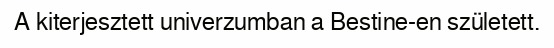
A kiterjesztett univerzumban a Bestine-en született.